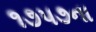
૧૭૫૭ના